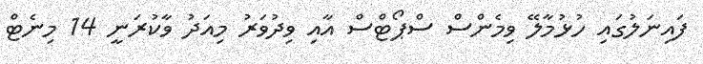
ފައިނަލުގައި ހުޅުމާލޭ ވިމެންސް ސްޕޯޓްސް އާއި ވިދުވަރު މިއަދު ވާކުރަނީ 14 މިނެޓް